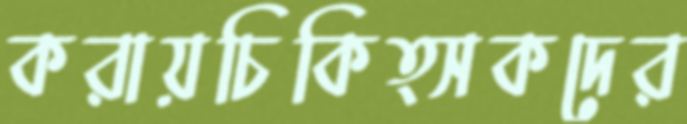
করায়চিকিত্সকদের